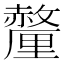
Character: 𬫁